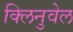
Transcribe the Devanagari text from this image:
क्लिनुवेल